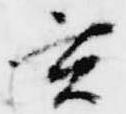
玄